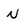
Character: N